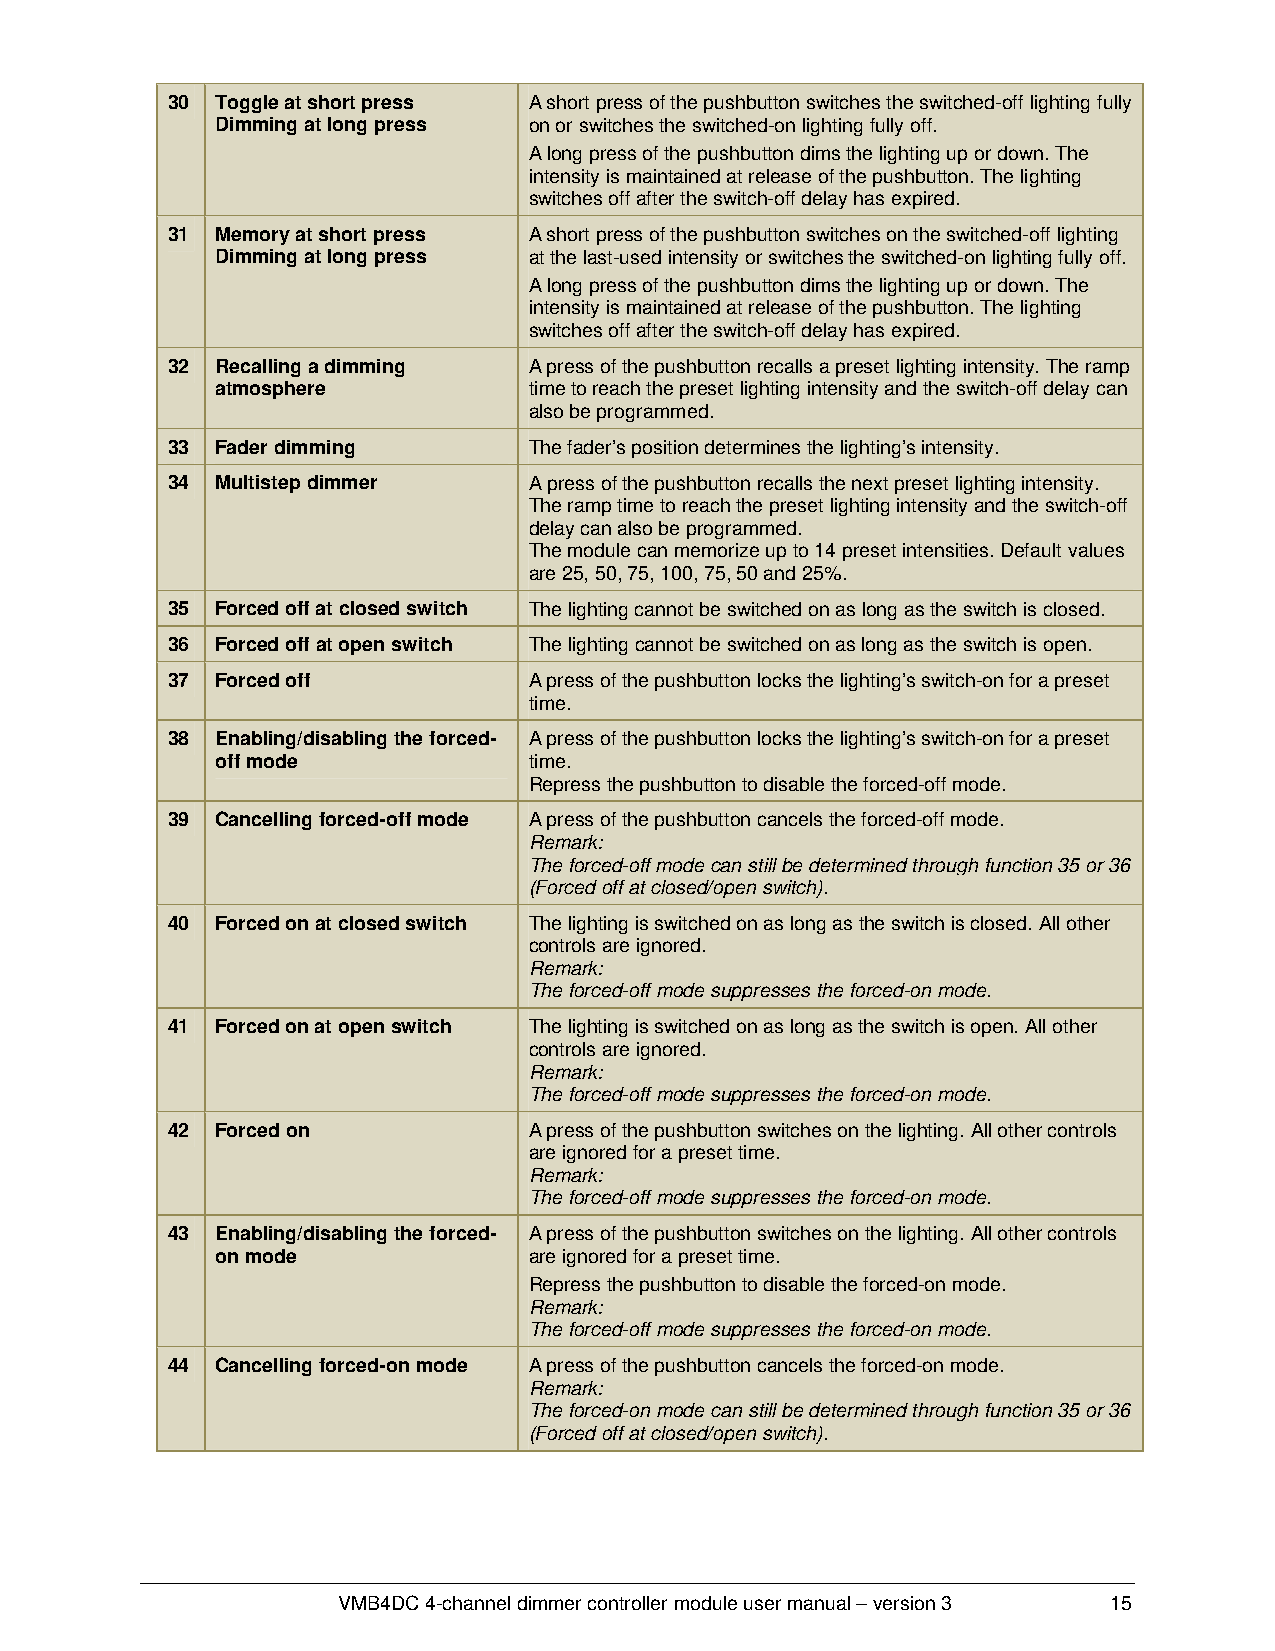
30 Toggle at short press A short press of the pushbutton switches the switched-off lighting fully
 Dimming at long press on or switches the switched-on lighting fully off.
 A long press of the pushbutton dims the lighting up or down. The
 intensity is maintained at release of the pushbutton. The lighting
 switches off after the switch-off delay has expired.
 31 Memory at short press A short press of the pushbutton switches on the switched-off lighting
 Dimming at long press at the last-used intensity or switches the switched-on lighting fully off.
 A long press of the pushbutton dims the lighting up or down. The
 intensity is maintained at release of the pushbutton. The lighting
 switches off after the switch-off delay has expired.
 32 Recalling a dimming  A press of the pushbutton recalls a preset lighting intensity. The ramp
 atmosphere           time to reach the preset lighting intensity and the switch-off delay can
 also be programmed.
 33 Fader dimming        The fader’s position determines the lighting’s intensity.
 34 Multistep dimmer     A press of the pushbutton recalls the next preset lighting intensity.
 The ramp time to reach the preset lighting intensity and the switch-off
 delay can also be programmed.
 The module can memorize up to 14 preset intensities. Default values
 are 25, 50, 75, 100, 75, 50 and 25%.
 35 Forced off at closed switch The lighting cannot be switched on as long as the switch is closed.
 36 Forced off at open switch The lighting cannot be switched on as long as the switch is open.
 37 Forced off           A press of the pushbutton locks the lighting’s switch-on for a preset
 time.
 38 Enabling/disabling the forced- A press of the pushbutton locks the lighting’s switch-on for a preset
 off mode             time.
 Repress the pushbutton to disable the forced-off mode.
 39 Cancelling forced-off mode A press of the pushbutton cancels the forced-off mode.
 Remark:
 The forced-off mode can still be determined through function 35 or 36
 (Forced off at closed/open switch).
 40 Forced on at closed switch The lighting is switched on as long as the switch is closed. All other
 controls are ignored.
 Remark:
 The forced-off mode suppresses the forced-on mode.
 41 Forced on at open switch The lighting is switched on as long as the switch is open. All other
 controls are ignored.
 Remark:
 The forced-off mode suppresses the forced-on mode.
 42 Forced on            A press of the pushbutton switches on the lighting. All other controls
 are ignored for a preset time.
 Remark:
 The forced-off mode suppresses the forced-on mode.
 43 Enabling/disabling the forced- A press of the pushbutton switches on the lighting. All other controls
 on mode              are ignored for a preset time.
 Repress the pushbutton to disable the forced-on mode.
 Remark:
 The forced-off mode suppresses the forced-on mode.
 44 Cancelling forced-on mode A press of the pushbutton cancels the forced-on mode.
 Remark:
 The forced-on mode can still be determined through function 35 or 36
 (Forced off at closed/open switch).
 VMB4DC 4-channel dimmer controller module user manual – version 3 15